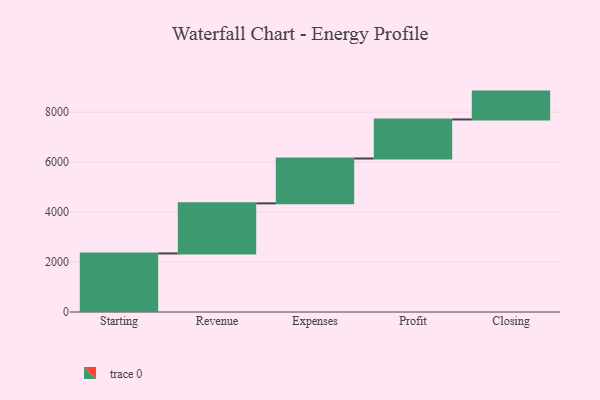
{"axis": {"x": "Step", "y": "Value"}, "legend": [""], "data": [{"x": "Starting", "y": 2344.0, "type": ""}, {"x": "Revenue", "y": 2004.0, "type": ""}, {"x": "Expenses", "y": 1795.0, "type": ""}, {"x": "Profit", "y": 1563.0, "type": ""}, {"x": "Closing", "y": 1115.0, "type": ""}]}